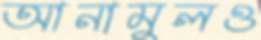
আনামুলও